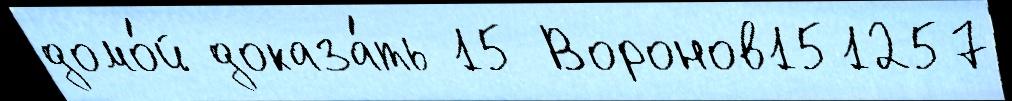
домо́й доказа́ть 15 Воронов151257